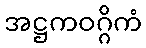
အဋ္ဌကဝဂ္ဂိကံ